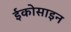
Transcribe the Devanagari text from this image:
ईकोसाइन